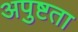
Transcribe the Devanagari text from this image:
अपुष्टता